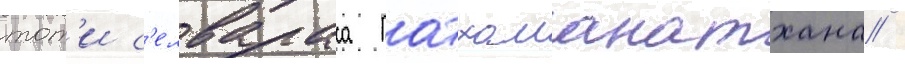
тот'и с'елвараса патхаманатхана /